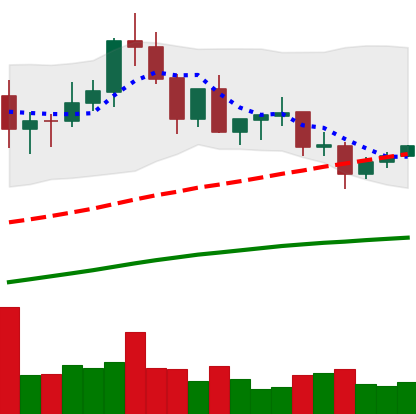
Ticker: XLM-USD
Chart end date: 2020-08-30
Forward return: -17.095%
Label: down_7plus